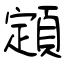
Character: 顁